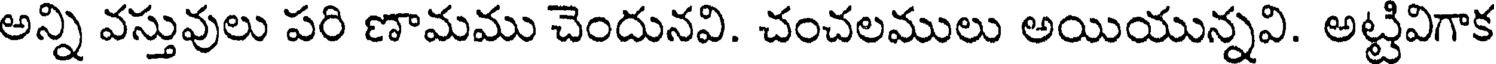
అన్ని వస్తువులు పరి ణామము చెందునవి. చంచలములు అయియున్నవి. అట్టివిగాక